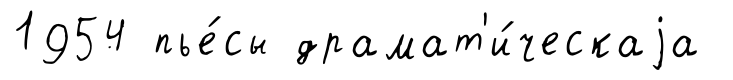
1954 пье́сы драмат'и́ческаjа